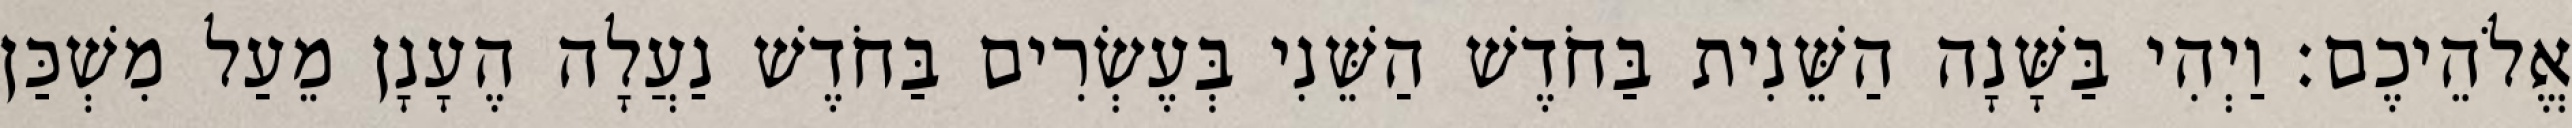
אֱלֹהֵיכֶם׃ וַיְהִי בַּשָּׁנָה הַשֵּׁנִית בַּחֹדֶשׁ הַשֵּׁנִי בְּעֶשְׂרִים בַּחֹדֶשׁ נַעֲלָה הֶעָנָן מֵעַל מִשְׁכַּן